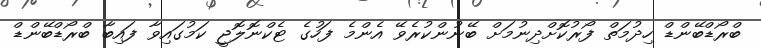
ބްރޯޑްބޭންޑް ހިދުމަތް ފޯރުކޮށްދިނުމަށް ބޭނުންކުރެވޭ އެންމެ ފަހުގެ ޓެކްނޮލޮޖީ ކަމުގައިވާ ފައިބާ ބްރޯޑްބޭންޑް